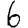
Digit: 6